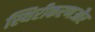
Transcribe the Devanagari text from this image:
स्थिरीकरणऔर